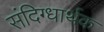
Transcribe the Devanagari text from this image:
संदिग्धार्थक